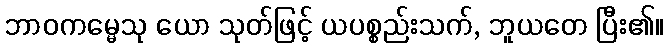
ဘာဝကမ္မေသု ယော သုတ်ဖြင့် ယပစ္စည်းသက်, ဘူယတေ ပြီး၏။